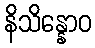
နိသိန္နောဝ